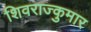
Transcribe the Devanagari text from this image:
शिवराज्कुमार